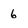
Character: 6